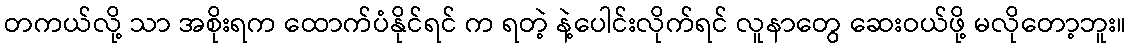
တကယ်လို့ သာ အစိုးရက ထောက်ပံနိုင်ရင် က ရတဲ့ နဲ့ပေါင်းလိုက်ရင် လူနာတွေ ဆေးဝယ်ဖို့ မလိုတော့ဘူး။